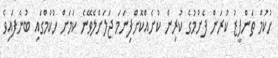
ހުކުމް ތަންފީޒު ކުރަން ފެށުމުގެ ކުރިން ކުށެއްކޮށްފިނަމަ ޖަލަށްލެވޭނެ ކަމަށް ހުކުމްގައި ބުނެފައިވެ